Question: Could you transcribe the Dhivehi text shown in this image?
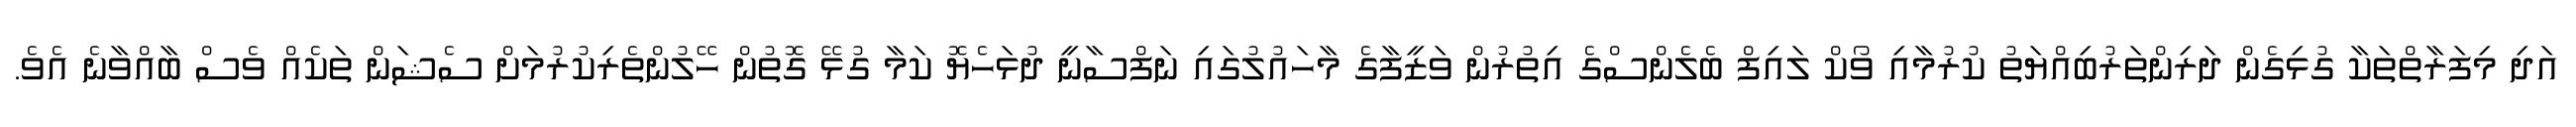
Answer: އަދި މިފަރާތްތަކާ ގުޅިގެން ދަރިންތަރުބިއްޔަތު ކުރުމާއި ވޯކް ލައިފް ބެލެންސްގެ އިތުރުން ވަޒީފާގެ މާހައުލުގައި ނަފްސާނީ ދުޅަހެޔޮ ކަމާ ގުޅޭ ގޮތުން ހޭލުންތެރިކުރުމަށް ސެޝަން ތަކެއް ވެސް ބާއްވާނެ އެވެ.